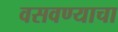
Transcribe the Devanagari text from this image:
वसवण्याचा